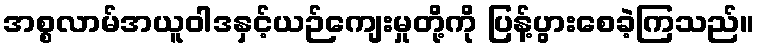
အစ္စလာမ်အယူဝါဒနှင့်ယဉ်ကျေးမှုတို့ကို ပြန့်ပွားစေခဲ့ကြသည်။